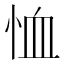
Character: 恤